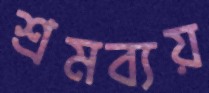
শ্রমব্যয়